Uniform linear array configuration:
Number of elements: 48
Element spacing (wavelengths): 0.25
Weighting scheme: kaiser
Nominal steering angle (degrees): -30
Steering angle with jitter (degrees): -29.797
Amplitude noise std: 0.05
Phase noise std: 0.05

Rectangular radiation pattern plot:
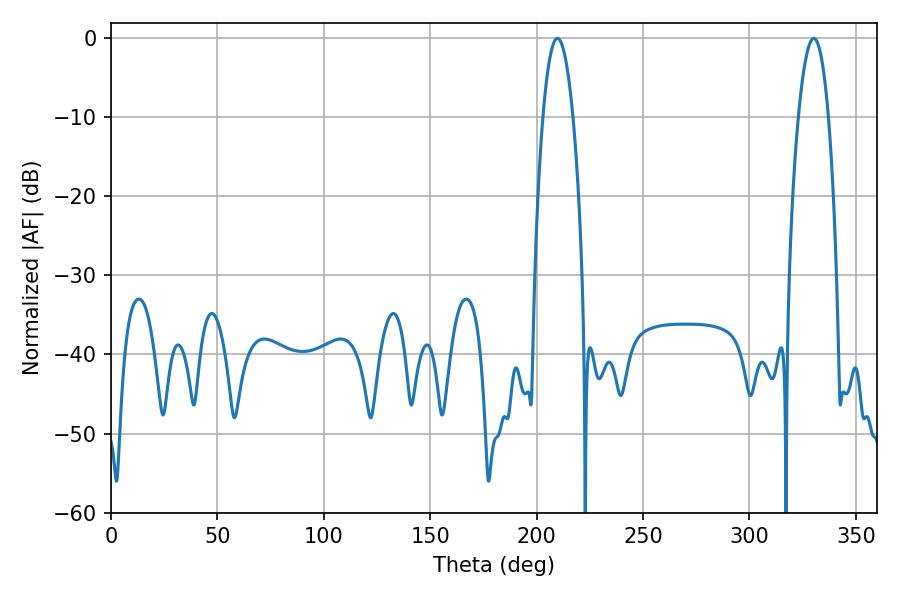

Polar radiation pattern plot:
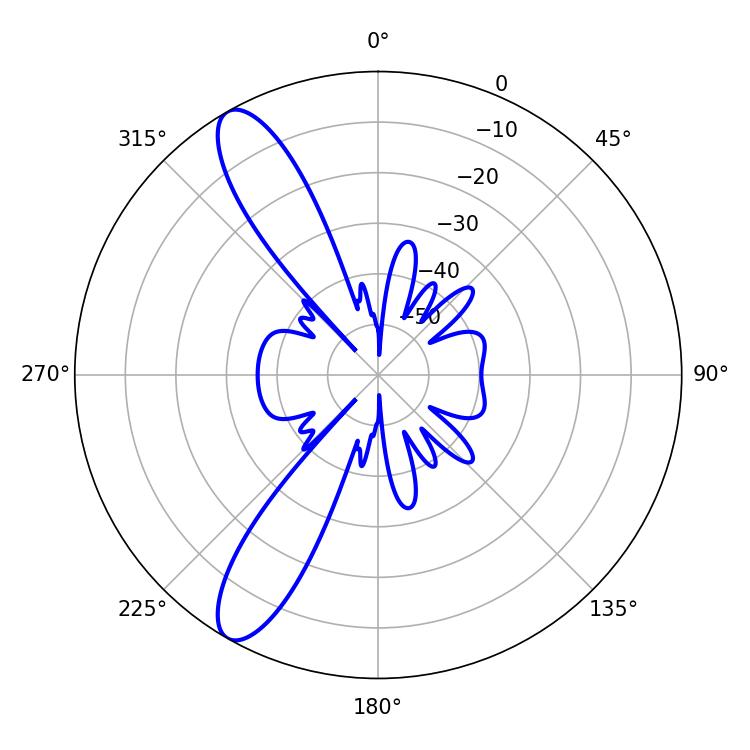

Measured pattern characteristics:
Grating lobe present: FALSE
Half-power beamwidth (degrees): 7.74
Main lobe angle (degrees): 209.7